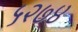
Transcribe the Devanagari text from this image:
५२७४